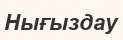
Нығыздау